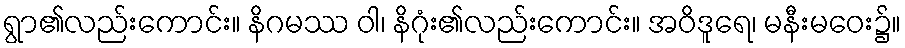
ရွာ၏လည်းကောင်း။ နိဂမဿ ဝါ၊ နိဂုံး၏လည်းကောင်း။ အဝိဒူရေ၊ မနီးမဝေး၌။